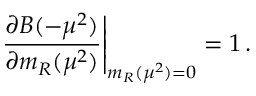
\left. \frac { \partial B ( - \mu ^ { 2 } ) } { \partial m _ { R } ( \mu ^ { 2 } ) } \right| _ { m _ { R } ( \mu ^ { 2 } ) = 0 } = 1 \, .